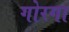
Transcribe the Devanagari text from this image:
गोरगा